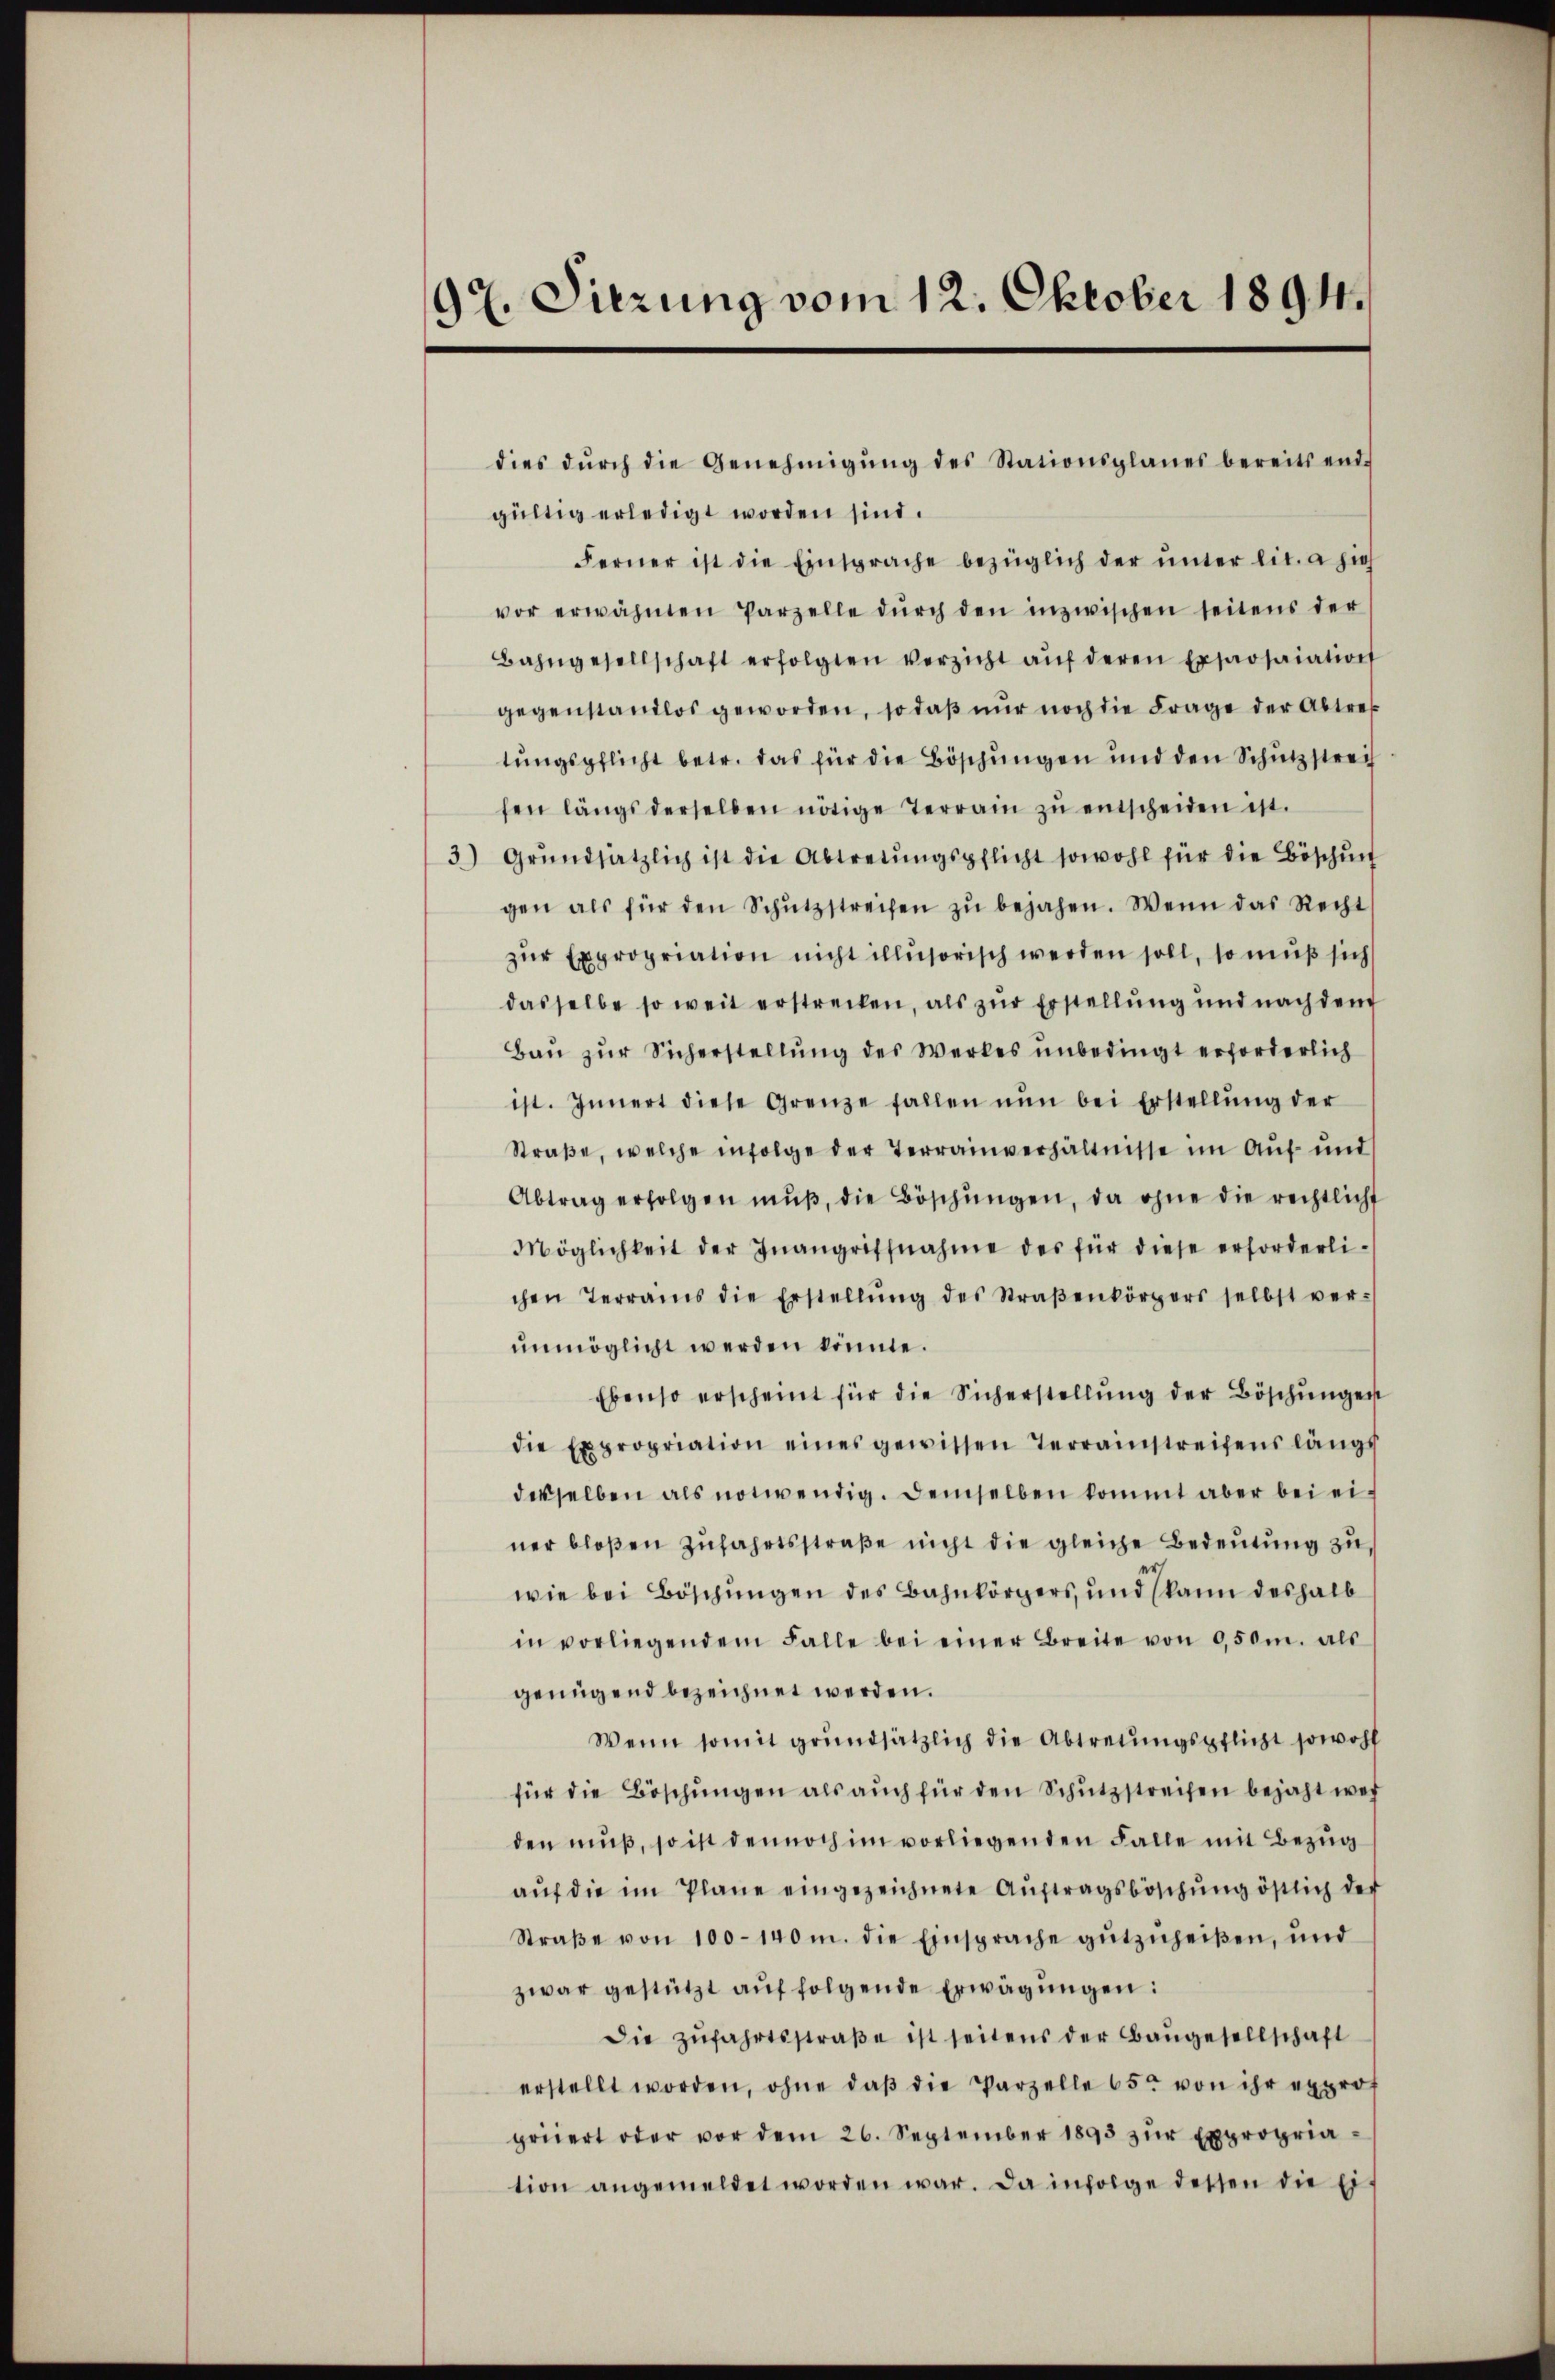
97. Siezung vom 12. Oktober 1894.

gültig erledigt worden sind.
Ferner ist die Einsprache bezüglich der ŭnter lit. a hieh
vor erwähnten Parzelle dŭrch den inzwischen seitens der
Bahngesellschaft erfolgten verzicht aŭf deren Exposaiation
gegenstandlos geworden, so daß nur noch die Frage der Abtret
tungspflicht betr. das für die Böschungen und den Schutzstrech
fen längs derselben nötige Terrain zŭ entscheiden ist.
3) Grŭndsätzlich ist die Abtretŭngspflicht sowohl für die Böschŭn
gen als für den Schŭtzstreifen zŭ bejahen. Wenn das Recht
zŭr Expropriation nicht illusorisch werden soll, so muß sich
dasselbe so weit erstrecken, als zur Erstellung und nach dem
Bau zur Sicherstellung des Werkes unbedingt erforderlich
ist. Innert diese Grenze fallen nŭn bei Erstellŭng der
Straβe, welche infolge der Terrainverhältnisse im Auf- und
Abtrag erfolgen mŭβ, die Böschŭngen, da ohne die rechtlicht
Möglichkeit der Inangriffnahme des für diese erforderli-
chen Terrains die Erstellŭng des Straβenkörpers selbst ver-
unmöglicht werden könnte.
Ebenso erscheint für die Sicherstellŭng der Böschungen
die Expropriation eines gewissen Terrainstreifenslängs
derselben als notwendig. Demselben kommt aber bei einer bloßen Zufahrtsstraße nicht die gleiche Bedeutung zu
wie bei Böschungen des Bahnkörpers, und kann deshalb
in vorliegendem Falle bei einer Breite von 0,50m. als
genügend bezeichnet werden.
Wenn somit grundsätzlich die Abtretungspflicht sowohl
für die Böschŭngen als aŭch für den Schŭtzstreifen bejaht wer
den muß, so ist dennoch im vorliegenden Falle mit Bezug
aŭf die im Plane eingezeichnete Aŭftragsböschŭng östlich der
Straβe von 100–140 m. die Einsprache gŭtzuheißen, und
zwar gestützt auf folgende Erwägungen:
Die Zŭfahrtsstraβe ist seitens der Baŭgesellschaft
erstellt worden, ohne daβ die Parzelle 65 von ihr exprof
geŭert oder vor dem 26. September 1893 zŭr Expropriation angemeldet worden war. Da infolge dessen die Ei¬

dies dŭrch die Genehmigŭng des Stationsplanes bereits end-